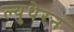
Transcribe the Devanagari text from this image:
ल्युथेरन